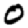
Digit: 0